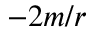
- 2 m / r